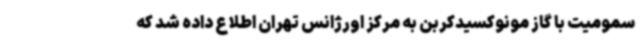
سمومیت با گاز مونوکسیدکربن به مرکز اورژانس تهران اطلاع داده شد که